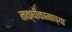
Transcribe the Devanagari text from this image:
नक्षीकामाच्या